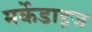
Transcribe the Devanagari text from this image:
मर्केडाइज